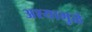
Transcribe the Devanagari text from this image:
अश्यामुळे